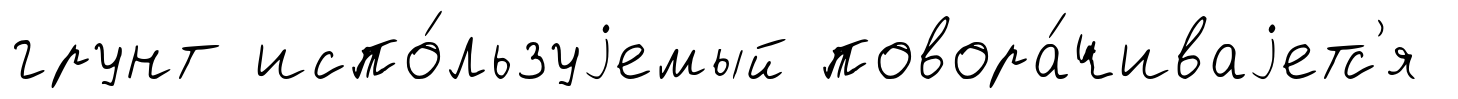
грунт испо́льзуjемый повора́чиваjетс'я